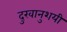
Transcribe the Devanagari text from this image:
दुखानुशयी